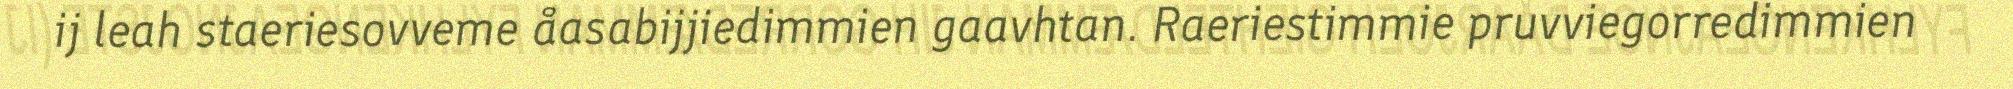
ij leah staeriesovveme åasabijjiedimmien gaavhtan. Raeriestimmie pruvviegorredimmien